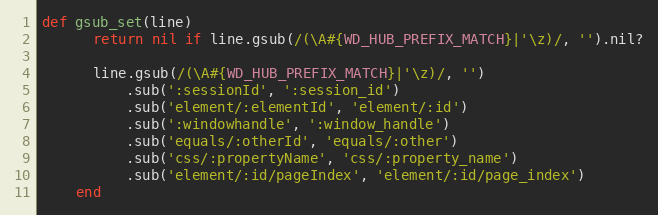
Language: Ruby
def gsub_set(line)
      return nil if line.gsub(/(\A#{WD_HUB_PREFIX_MATCH}|'\z)/, '').nil?

      line.gsub(/(\A#{WD_HUB_PREFIX_MATCH}|'\z)/, '')
          .sub(':sessionId', ':session_id')
          .sub('element/:elementId', 'element/:id')
          .sub(':windowhandle', ':window_handle')
          .sub('equals/:otherId', 'equals/:other')
          .sub('css/:propertyName', 'css/:property_name')
          .sub('element/:id/pageIndex', 'element/:id/page_index')
    end